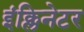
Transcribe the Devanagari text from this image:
इंक्लिनेटर